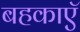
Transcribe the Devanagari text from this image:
बहकाएॅ